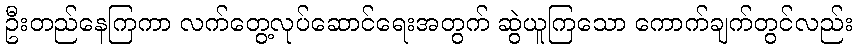
ဦးတည်နေကြကာ လက်တွေ့လုပ်ဆောင်ရေးအတွက် ဆွဲယူကြသော ကောက်ချက်တွင်လည်း